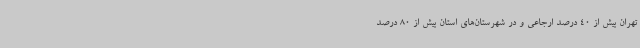
تهران بیش از 40 درصد ارجاعی و در شهرستان‌های استان بیش از 80 درصد